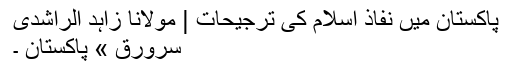
پاکستان میں نفاذ اسلام کی ترجیحات | مولانا زاہد الراشدی
سرورق » پاکستان ۔